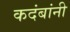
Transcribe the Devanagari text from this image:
कदंबांनी